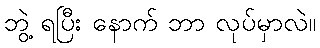
ဘွဲ့ ရပြီး နောက် ဘာ လုပ်မှာလဲ။